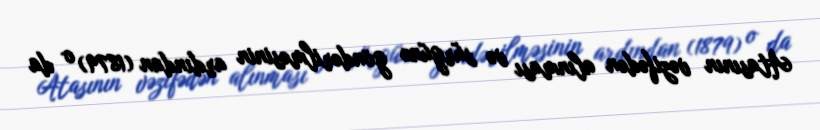
Atasının vəzifədən alınması və sürgünə göndərilməsinin ardından (1879) o da